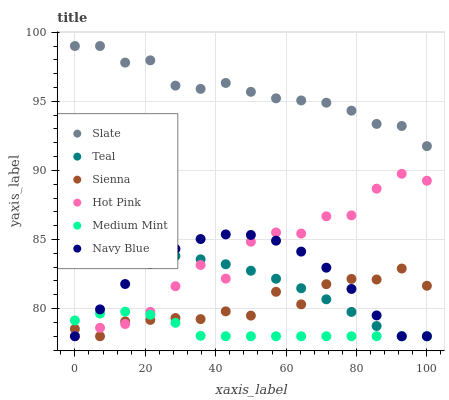
| xaxis_label | Slate | Teal | Sienna | Hot Pink | Medium Mint | Navy Blue |
 | --- | --- | --- | --- | --- | --- | --- |
 | 0 | 99 | 83.7 | 78.5 | 78 | 79.1 | 78 |
 | 7.14 | 99 | 83.9 | 78 | 78.6 | 79.6 | 79.9 |
 | 14.3 | 97.8 | 84 | 79.1 | 78.9 | 79.8 | 81.8 |
 | 21.4 | 98 | 83.9 | 79.2 | 79.8 | 79.6 | 83.2 |
 | 28.6 | 96.1 | 83.8 | 79.3 | 81.6 | 79 | 84.3 |
 | 35.7 | 95.9 | 83.6 | 79.2 | 83.2 | 78 | 85 |
 | 42.9 | 96.3 | 83.2 | 79.8 | 82.2 | 78 | 85.4 |
 | 50 | 95.7 | 82.7 | 79.5 | 84.8 | 78 | 85.3 |
 | 57.1 | 95.2 | 82.2 | 81.2 | 85.5 | 78 | 84.9 |
 | 64.3 | 95.1 | 81.5 | 80.3 | 85.4 | 78 | 84.1 |
 | 71.4 | 94.9 | 80.7 | 81.8 | 86.7 | 78 | 83 |
 | 78.6 | 94.3 | 79.8 | 82.1 | 86.7 | 78 | 81.4 |
 | 85.7 | 93.4 | 78.7 | 82.1 | 88.7 | 78 | 79.5 |
 | 92.9 | 93.2 | 78 | 82.9 | 89.8 | 78 | 78 |
 | 100 | 91.8 | 78 | 81.7 | 89.3 | 78 | 78 |